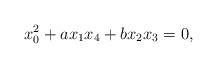
LaTeX: \begin{align*}x_0^2+ax_1x_4+bx_2x_3=0,\end{align*}